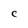
Character: C